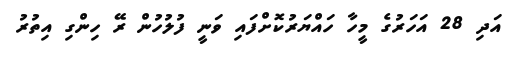
އަދި 28 އަހަރުގެ މީހާ ހައްޔަރުކޮށްފައި ވަނީ ފުލުހުން ރޭ ހިންގި އިތުރު